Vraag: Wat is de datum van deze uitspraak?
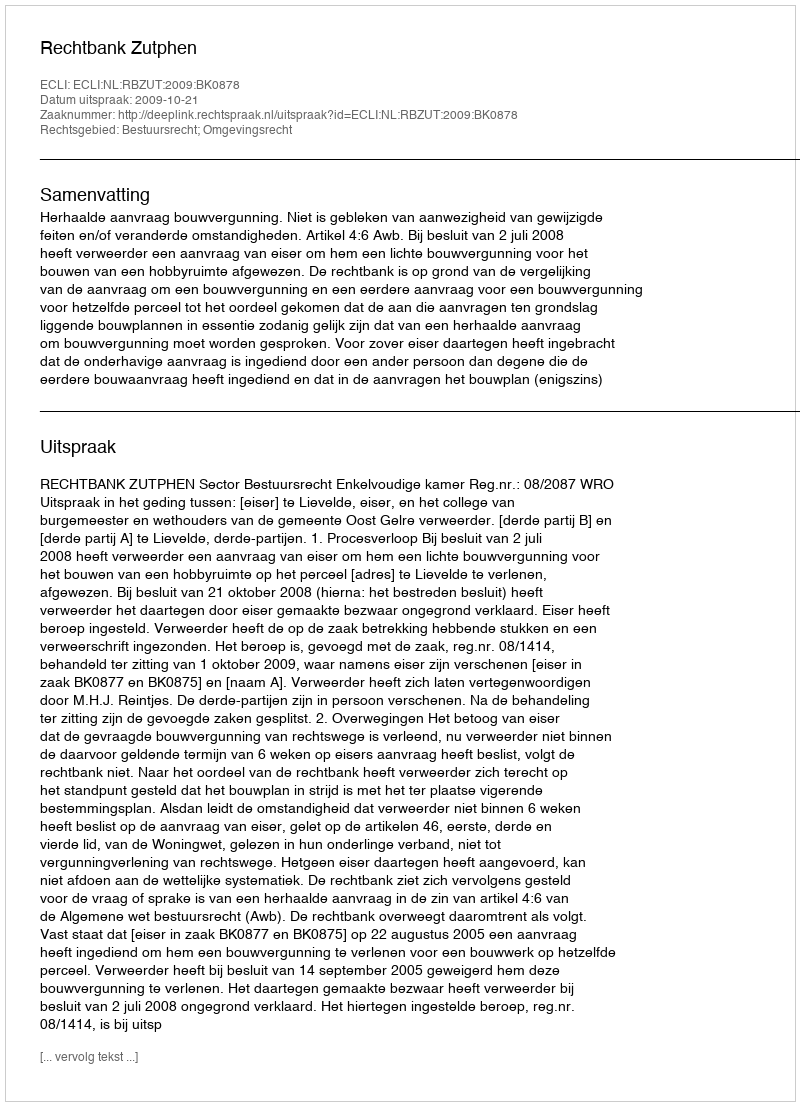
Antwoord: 2009-10-21